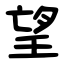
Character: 望